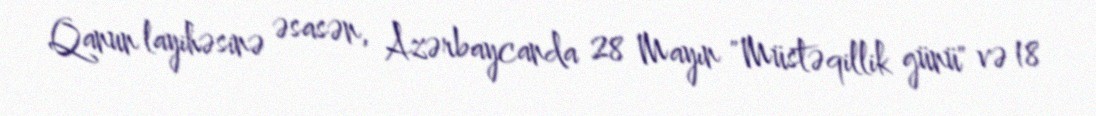
Qanun layihəsinə əsasən, Azərbaycanda 28 Mayın "Müstəqillik günü" və 18